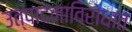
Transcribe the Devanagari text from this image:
उत्पादनाविरोधात